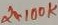
Text: 2X100K